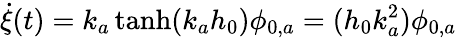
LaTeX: \dot{\xi}(t)=k_{a}\operatorname{tanh}(k_{a}h_{0})\phi_{0,a}=(h_{0}k_{a}^{2})\phi_{0,a}